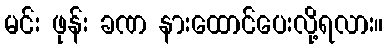
မင်း ဖုန်း ခဏ နားထောင်ပေးလို့ရလား။